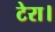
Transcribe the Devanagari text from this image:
टेरा।